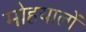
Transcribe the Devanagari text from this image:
मोहयालों